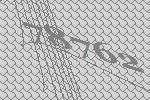
78762